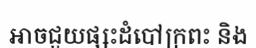
អាចជួយផ្សះដំបៅក្រពះ និង